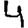
Digit: 4